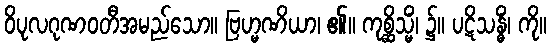
ဝိပုလဂုဏဝတီအမည်သော။ ဗြဟ္မဏိယာ၊ ၏။ ကုစ္ဆိသ္မိံ၊ ၌။ ပဋိသန္ဓိံ၊ ကို။